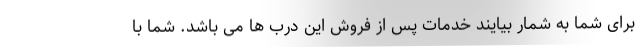
برای شما به شمار بیایند خدمات پس از فروش این درب ها می باشد. شما با